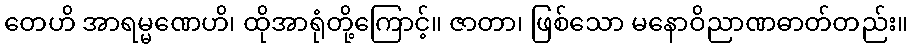
တေဟိ အာရမ္မဏေဟိ၊ ထိုအာရုံတို့ကြောင့်။ ဇာတာ၊ ဖြစ်သော မနောဝိညာဏဓာတ်တည်း။